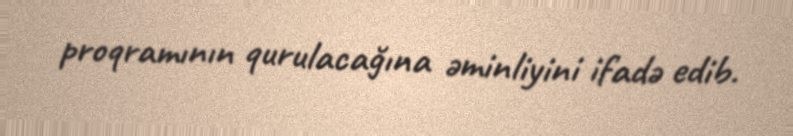
proqramının qurulacağına əminliyini ifadə edib.